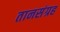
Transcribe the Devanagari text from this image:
तानसंग्रह